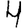
Digit: 4